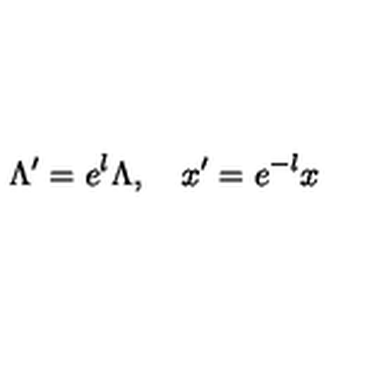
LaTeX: \Lambda ^ { \prime } = e ^ { l } \Lambda , \quad x ^ { \prime } = e ^ { - l } x